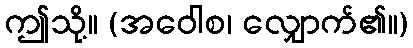
ဤသို့။ (အဝေါစ၊ လျှောက်၏။)